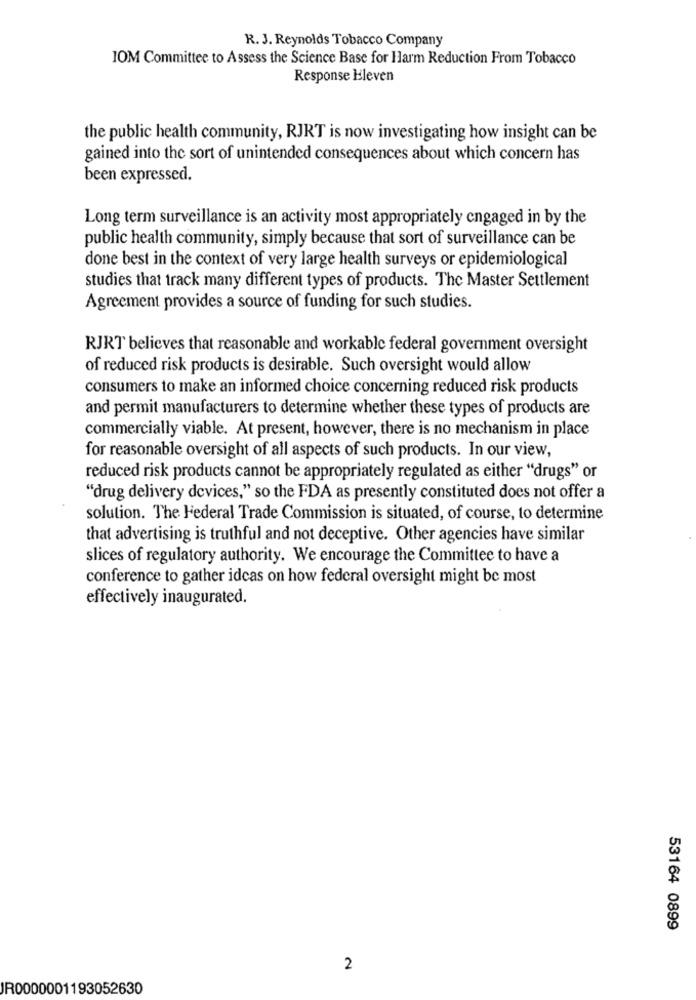
R. J. Reynolds Tobacco Company
IOM Committee to Assess the Science Base for Harm Reduction From Tobacco
Response Eleven
the public health community, RJRT is now investigating how insight can be
gained into the sort of unintended consequences about which concern has
been expressed.
Long term surveillance is an activity most appropriately engaged in by the
public health community, simply because that sort of surveillance can be
done best in the context of very large health surveys or epidemiological
studies that track many different types of products. The Master Settlement
Agreement provides a source of funding for such studies.
RJRT believes that reasonable and workable federal government oversight
of reduced risk products is desirable. Such oversight would allow
consumers to make an informed choice concerning reduced risk products
and permit manufacturers to determine whether these types of products are
commercially viable. At present, however, there is no mechanism in place
for reasonable oversight of all aspects of such products. In our view,
reduced risk products cannot be appropriately regulated as either "drugs" or
"drug delivery devices," so the FDA as presently constituted does not offer a
solution. The Federal Trade Commission is situated, of course, to determine
that advertising is truthful and not deceptive. Other agencies have similar
slices of regulatory authority. We encourage the Committee to have a
conference to gather ideas on how federal oversight might be most
effectively inaugurated.
53164 0899
2
JR0000001193052630